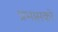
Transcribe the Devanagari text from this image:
प्रभासको